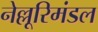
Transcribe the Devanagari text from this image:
नेल्लूरिमंडल